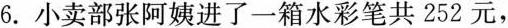
6.小卖部张阿姨进了一箱水彩笔共252元，